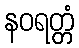
နဝရတ္တံ